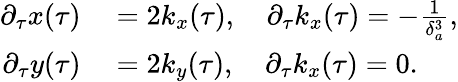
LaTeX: \begin{array}{rl}{\partial_{\tau}x(\tau)}&{{}=2k_{x}(\tau),\quad\partial_{\tau}k_{x}(\tau)=-\frac{1}{\delta_{a}^{3}},}\\ {\partial_{\tau}y(\tau)}&{{}=2k_{y}(\tau),\quad\partial_{\tau}k_{x}(\tau)=0.}\end{array}